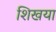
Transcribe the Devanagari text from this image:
शिखया